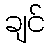
ချင်